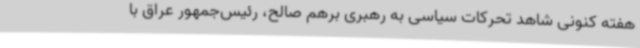
هفته کنونی شاهد تحرکات سیاسی به رهبری برهم صالح، رئیس‌جمهور عراق با